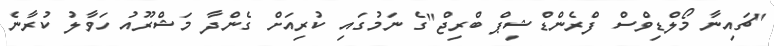
"ޗައިނާ މޯލްޑިވްސް ފްރެންޑްޝިޕް ބްރިޖް"ގެ ނަމުގައި ކުރިއަށް ގެންދާ މަޝްރޫއު ހަވާލު ކުރާނެ